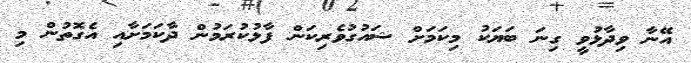
އޭނާ ވިދާޅުވީ ގިނަ ބަޔަކު މިކަމަށް ޝައުގުވެރިކަން ފާޅުކުރަމުން ދާކަމަށާއި އެގޮތުން މި